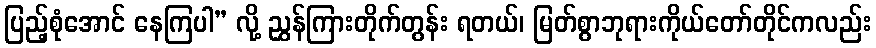
ပြည့်စုံအောင် နေကြပါ” လို့ ညွှန်ကြားတိုက်တွန်း ရတယ်၊ မြတ်စွာဘုရားကိုယ်တော်တိုင်ကလည်း